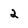
Character: 2